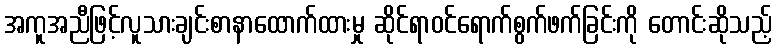
အကူအညီဖြင့်လူသားချင်းစာနာထောက်ထားမှု ဆိုင်ရာဝင်ရောက်စွက်ဖက်ခြင်းကို တောင်းဆိုသည့်